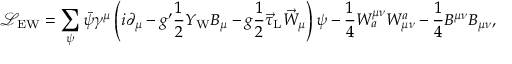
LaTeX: { \mathcal { L } } _ { \mathrm { E W } } = \sum _ { \psi } { \bar { \psi } } \gamma ^ { \mu } \left( i \partial _ { \mu } - g ^ { \prime } { \frac { 1 } { 2 } } Y _ { \mathrm { W } } B _ { \mu } - g { \frac { 1 } { 2 } } { \vec { \tau } } _ { \mathrm { L } } { \vec { W } } _ { \mu } \right) \psi - { \frac { 1 } { 4 } } W _ { a } ^ { \mu \nu } W _ { \mu \nu } ^ { a } - { \frac { 1 } { 4 } } B ^ { \mu \nu } B _ { \mu \nu } ,